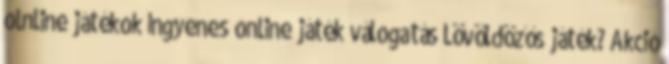
olnline játékok Ingyenes online játék válogatás Lövöldözős játék? Akció